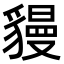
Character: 䝢